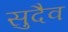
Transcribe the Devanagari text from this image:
सुदैव